Scottish Leaving Certificate Examination, 1958
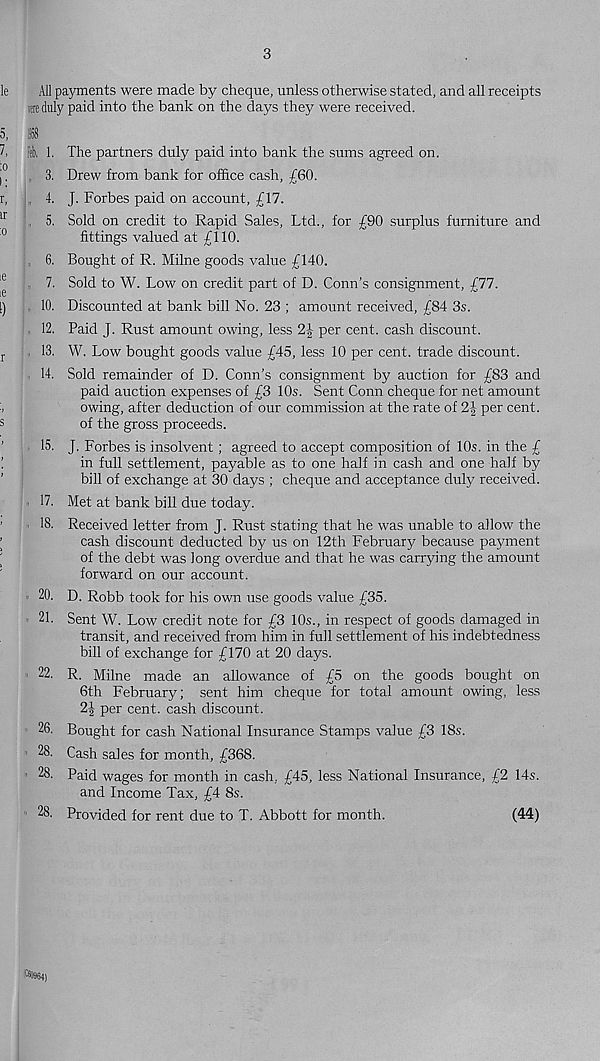
All payments were made by cheque, unless otherwise stated, and all receipts
lire duly paid into the bank on the days they were received.
1
Feb, 1. The partners duly paid into bank the sums agreed on.
, 3. Drew from bank for office cash, £60.
, 4. J. Forbes paid on account, £17.
, 5. Sold on credit to Rapid Sales, Ltd., for £90 surplus furniture and
fittings valued at £110.
6. Bought of R. Milne goods value £140.
7. Sold to W. Low on credit part of D. Conn’s consignment, £77.
, 10. Discounted at bank bill No. 23 ; amount received, £84 3s.
, 12. Paid J. Rust amount owing, less 2| per cent, cash discount.
. 13. W. Low bought goods value £45, less 10 per cent, trade discount.
14. Sold remainder of D. Conn’s consignment by auction for £83 and
paid auction expenses of £3 10s. Sent Conn cheque for net amount
owing, after deduction of our commission at the rate of 2J per cent,
of the gross proceeds.
15. J. Forbes is insolvent; agreed to accept composition of 10s. in the £
in full settlement, payable as to one half in cash and one half by
bill of exchange at 30 days ; cheque and acceptance duly received.
17. Met at bank bill due today.
18. Received letter from J. Rust stating that he was unable to allow the
cash discount deducted by us on 12th February because payment
of the debt was long overdue and that he was carrying the amount
forward on our account.
» 20. D. Robb took for his own use goods value £35.
21. Sent W. Low credit note for £3 10s., in respect of goods damaged in
transit, and received from him in full settlement of his indebtedness
bill of exchange for £170 at 20 days.
• 22. R. Milne made an allowance of £5 on the goods bought on
6th February; sent him cheque for total amount owing, less
2| per cent, cash discount.
26. Bought for cash National Insurance Stamps value £3 18s.
! 28. Cash sales for month, £368.
28. Paid wages for month in cash, £45, less National Insurance, £2 14s.
and Income Tax, £4 8s.
28. Provided for rent due to T. Abbott for month.
(44)